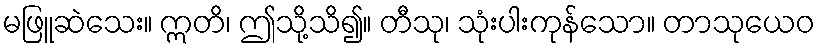
မဖြူဆဲသေး။ ဣတိ၊ ဤသို့သိ၍။ တီသု၊ သုံးပါးကုန်သော။ တာသုယေဝ